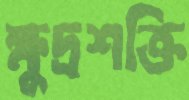
ক্ষুদ্রশক্তি